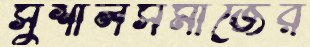
সুশীলসমাজের